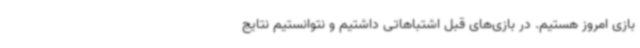
بازی امروز هستیم. در بازی‌های قبل اشتباهاتی داشتیم و نتوانستیم نتایج